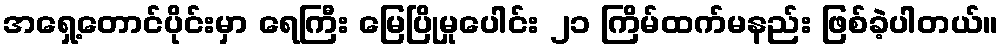
အရှေ့တောင်ပိုင်းမှာ ရေကြီး မြေပြိုမှုပေါင်း ၂၁ ကြိမ်ထက်မနည်း ဖြစ်ခဲ့ပါတယ်။